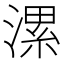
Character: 漯